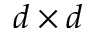
d \times d